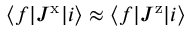
\langle f | J ^ { \mathrm { x } } | i \rangle \approx \langle f | J ^ { \mathrm { z } } | i \rangle